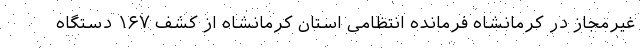
غیرمجاز در کرمانشاه فرمانده انتظامی استان کرمانشاه از کشف ۱۶۷ دستگاه